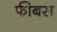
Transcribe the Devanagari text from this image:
फीबस